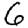
Digit: 6